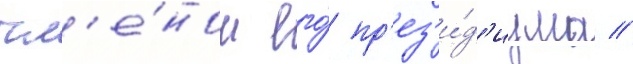
чл'е́ном его́ пр'ез'и́д'иума //